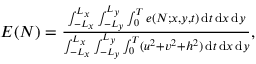
\begin{array} { r } { E ( N ) = \frac { \int _ { - L _ { x } } ^ { L _ { x } } \int _ { - L _ { y } } ^ { L _ { y } } \int _ { 0 } ^ { T } e ( N ; x , y , t ) \, \mathrm { d } t \, \mathrm { d } x \, \mathrm { d } y } { \int _ { - L _ { x } } ^ { L _ { x } } \int _ { - L _ { y } } ^ { L _ { y } } \int _ { 0 } ^ { T } ( u ^ { 2 } + v ^ { 2 } + h ^ { 2 } ) \, \mathrm { d } t \, \mathrm { d } x \, \mathrm { d } y } , } \end{array}